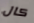
كال